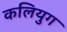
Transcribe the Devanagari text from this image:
कलियुग